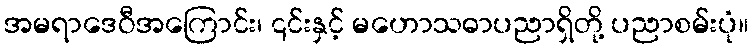
အမရာဒေဝီအကြောင်း၊ ၎င်းနှင့် မဟောသဓာပညာရှိတို့ ပညာစမ်းပုံ။